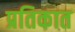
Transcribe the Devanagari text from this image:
प्रतिकात